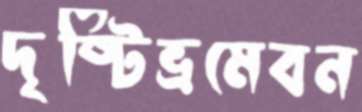
দৃষ্টিভ্রমেবন